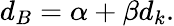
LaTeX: d_{B}=\alpha+\beta d_{k}.